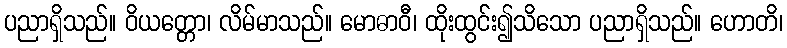
ပညာရှိသည်။ ဝိယတ္တော၊ လိမ်မာသည်။ မောဓာဝီ၊ ထိုးထွင်း၍သိသော ပညာရှိသည်။ ဟောတိ၊